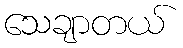
သေချာတယ်